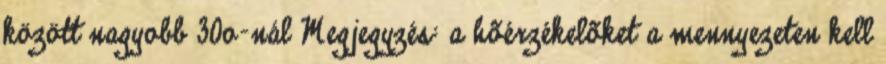
között nagyobb 30o-nál Megjegyzés: a hõérzékelõket a mennyezeten kell